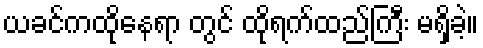
ယခင်ကထိုနေရာ တွင် ထိုရက်ထည်ကြီး မရှိခဲ့။